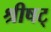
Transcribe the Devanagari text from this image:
श्रीषट्